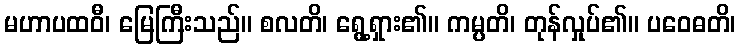
မဟာပထဝီ၊ မြေကြီးသည်။ စလတိ၊ ရွေ့ရှား၏။ ကမ္ပတိ၊ တုန်လှုပ်၏။ ပဝေဓတိ၊